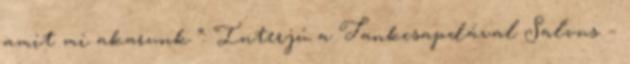
amit mi akarunk ”: Interjú a Tankcsapdával Salvus –